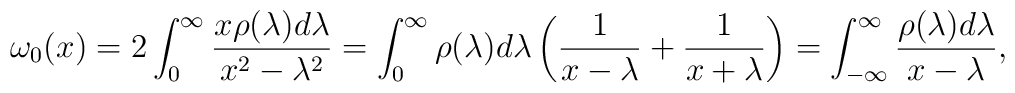
\omega_0(x)=2\int_0^\infty{x\rho(\lambda)d\lambda\over{x^2-\lambda^2}}=\int_0^\infty\rho(\lambda)d\lambda\left({1\over{x-\lambda}}+{1\over{x+\lambda}}\right)=\int_{-\infty}^\infty{\rho(\lambda)d\lambda\over{x-\lambda}},